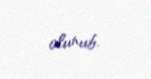
olunub.